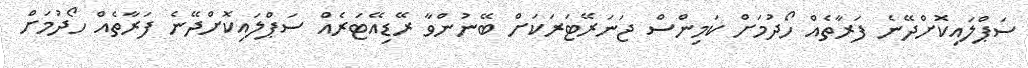
ސަޕްލައިކޮށްދޭނެ ފަރާތެއް ހޯދުމަށް ކަމިންސް ޖަނަރޭޓަރަކަށް ބޭނުންވާ ރޭޑިއޭޓަރެއް ސަޕްލައިކޮށްދޭނެ ފަރާތެއް ހޯދުމަށް